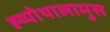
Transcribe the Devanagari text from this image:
ह्य्पोथालामुस